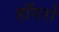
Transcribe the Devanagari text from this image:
हाँगरों